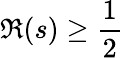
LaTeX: \Re(s)\geq{\frac{1}{2}}